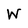
Character: W